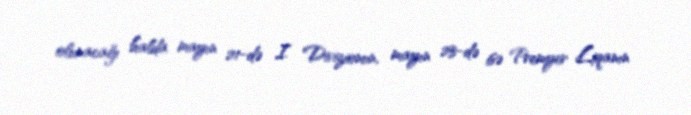
olunacağı halda mayın 21-də I Divizionun, mayın 23-də isə Premyer Liqanın